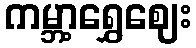
ကမ္ဘာ့ရွှေဈေး